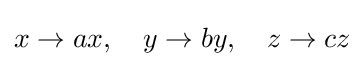
x\to ax,\quad y\to by,\quad z\to cz